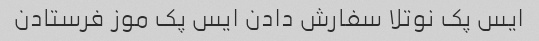
ایس پک نوتلا سفارش دادن ایس پک موز فرستادن